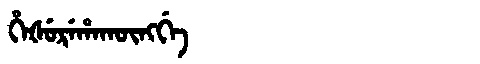
Manchu: ᡥᡝᡧᡠᡵᡝᡥᠠᡴᡡᠩᡤᡝ
Romanization: HEŠUREHAKŪNGGE